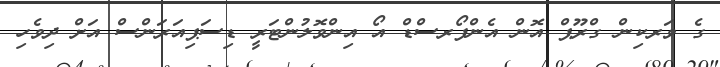
ގެ ވަރކިން ގްރޫޕް އޮން އެންފޯރސްޑް އޯ އިންވޮލުންޓަރީ ޑިސަޕިއަރަންސް އަށް ދިވެހި